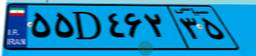
۴۶D۵۵۷۲۱